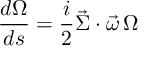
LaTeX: \frac { d \Omega } { d s } = \frac { i } { 2 } \vec { \Sigma } \cdot \vec { \omega } \, \Omega